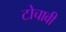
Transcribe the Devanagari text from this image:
टोचावी